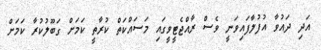
އަދި ދައުވާ އުފުލާފައިވަނީ ވެސް ރާއްޖެޓީވީގައި މަސައްކަތް ކުރާތީ ކަމަށް ގަބޫލުކުރާ ކަމަށް